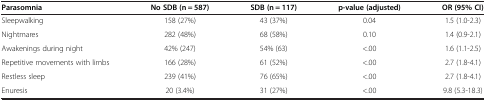
| Parasomnia | No SDB (n = 587) | SDB (n = 117) | p-value (adjusted) | OR (95% CI) |
 | --- | --- | --- | --- | --- |
 | Sleepwalking | 158 (27%) | 43 (37%) | 0.04 | 1.5 (1.0-2.3) |
 | Nightmares | 282 (48%) | 68 (58%) | 0.10 | 1.4 (0.9-2.1) |
 | Awakenings during night | 42% (247) | 54% (63) | <.00 | 1.6 (1.1-2.5) |
 | Repetitive movements with limbs | 166 (28%) | 61 (52%) | <.00 | 2.7 (1.8-4.1) |
 | Restless sleep | 239 (41%) | 76 (65%) | <.00 | 2.7 (1.8-4.1) |
 | Enuresis | 20 (3.4%) | 31 (27%) | <.00 | 9.8 (5.3-18.3) |